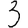
Digit: 3